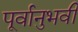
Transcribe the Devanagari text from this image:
पूर्वानुभवी